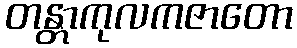
တန္တာကုလကဇာတော